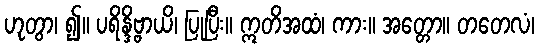
ဟုတွာ၊ ၍။ ပရိန္ဒိဗ္ဗာယိ၊ ပြုပြီး။ ဣတိအထံ၊ ကား။ အတ္တော။ တတေလံ၊